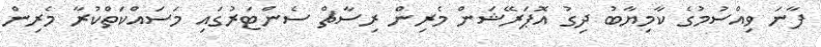
ފާނަ ވިއްސުމުގެ ކާމިޔާބު ދިގު އޮޕަރޭޝަން މެރިން ރިސާޗް ސެންޓަރުގައި މަސައްކަތްކުރާ މެރިން